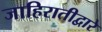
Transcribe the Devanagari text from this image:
जाहिरातीद्वारे